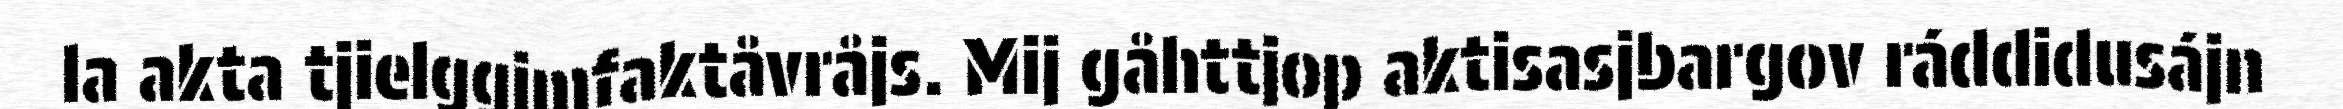
la akta tjielggimfaktåvråjs. Mij gåhttjop aktisasjbargov ráddidusájn